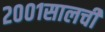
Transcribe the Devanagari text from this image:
२००१सालची